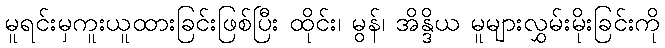
မူရင်းမှကူးယူထားခြင်းဖြစ်ပြီး ထိုင်း၊ မွန်၊ အိန္ဒိယ မူများလွှမ်းမိုးခြင်းကို